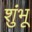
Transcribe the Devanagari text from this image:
शुंभू